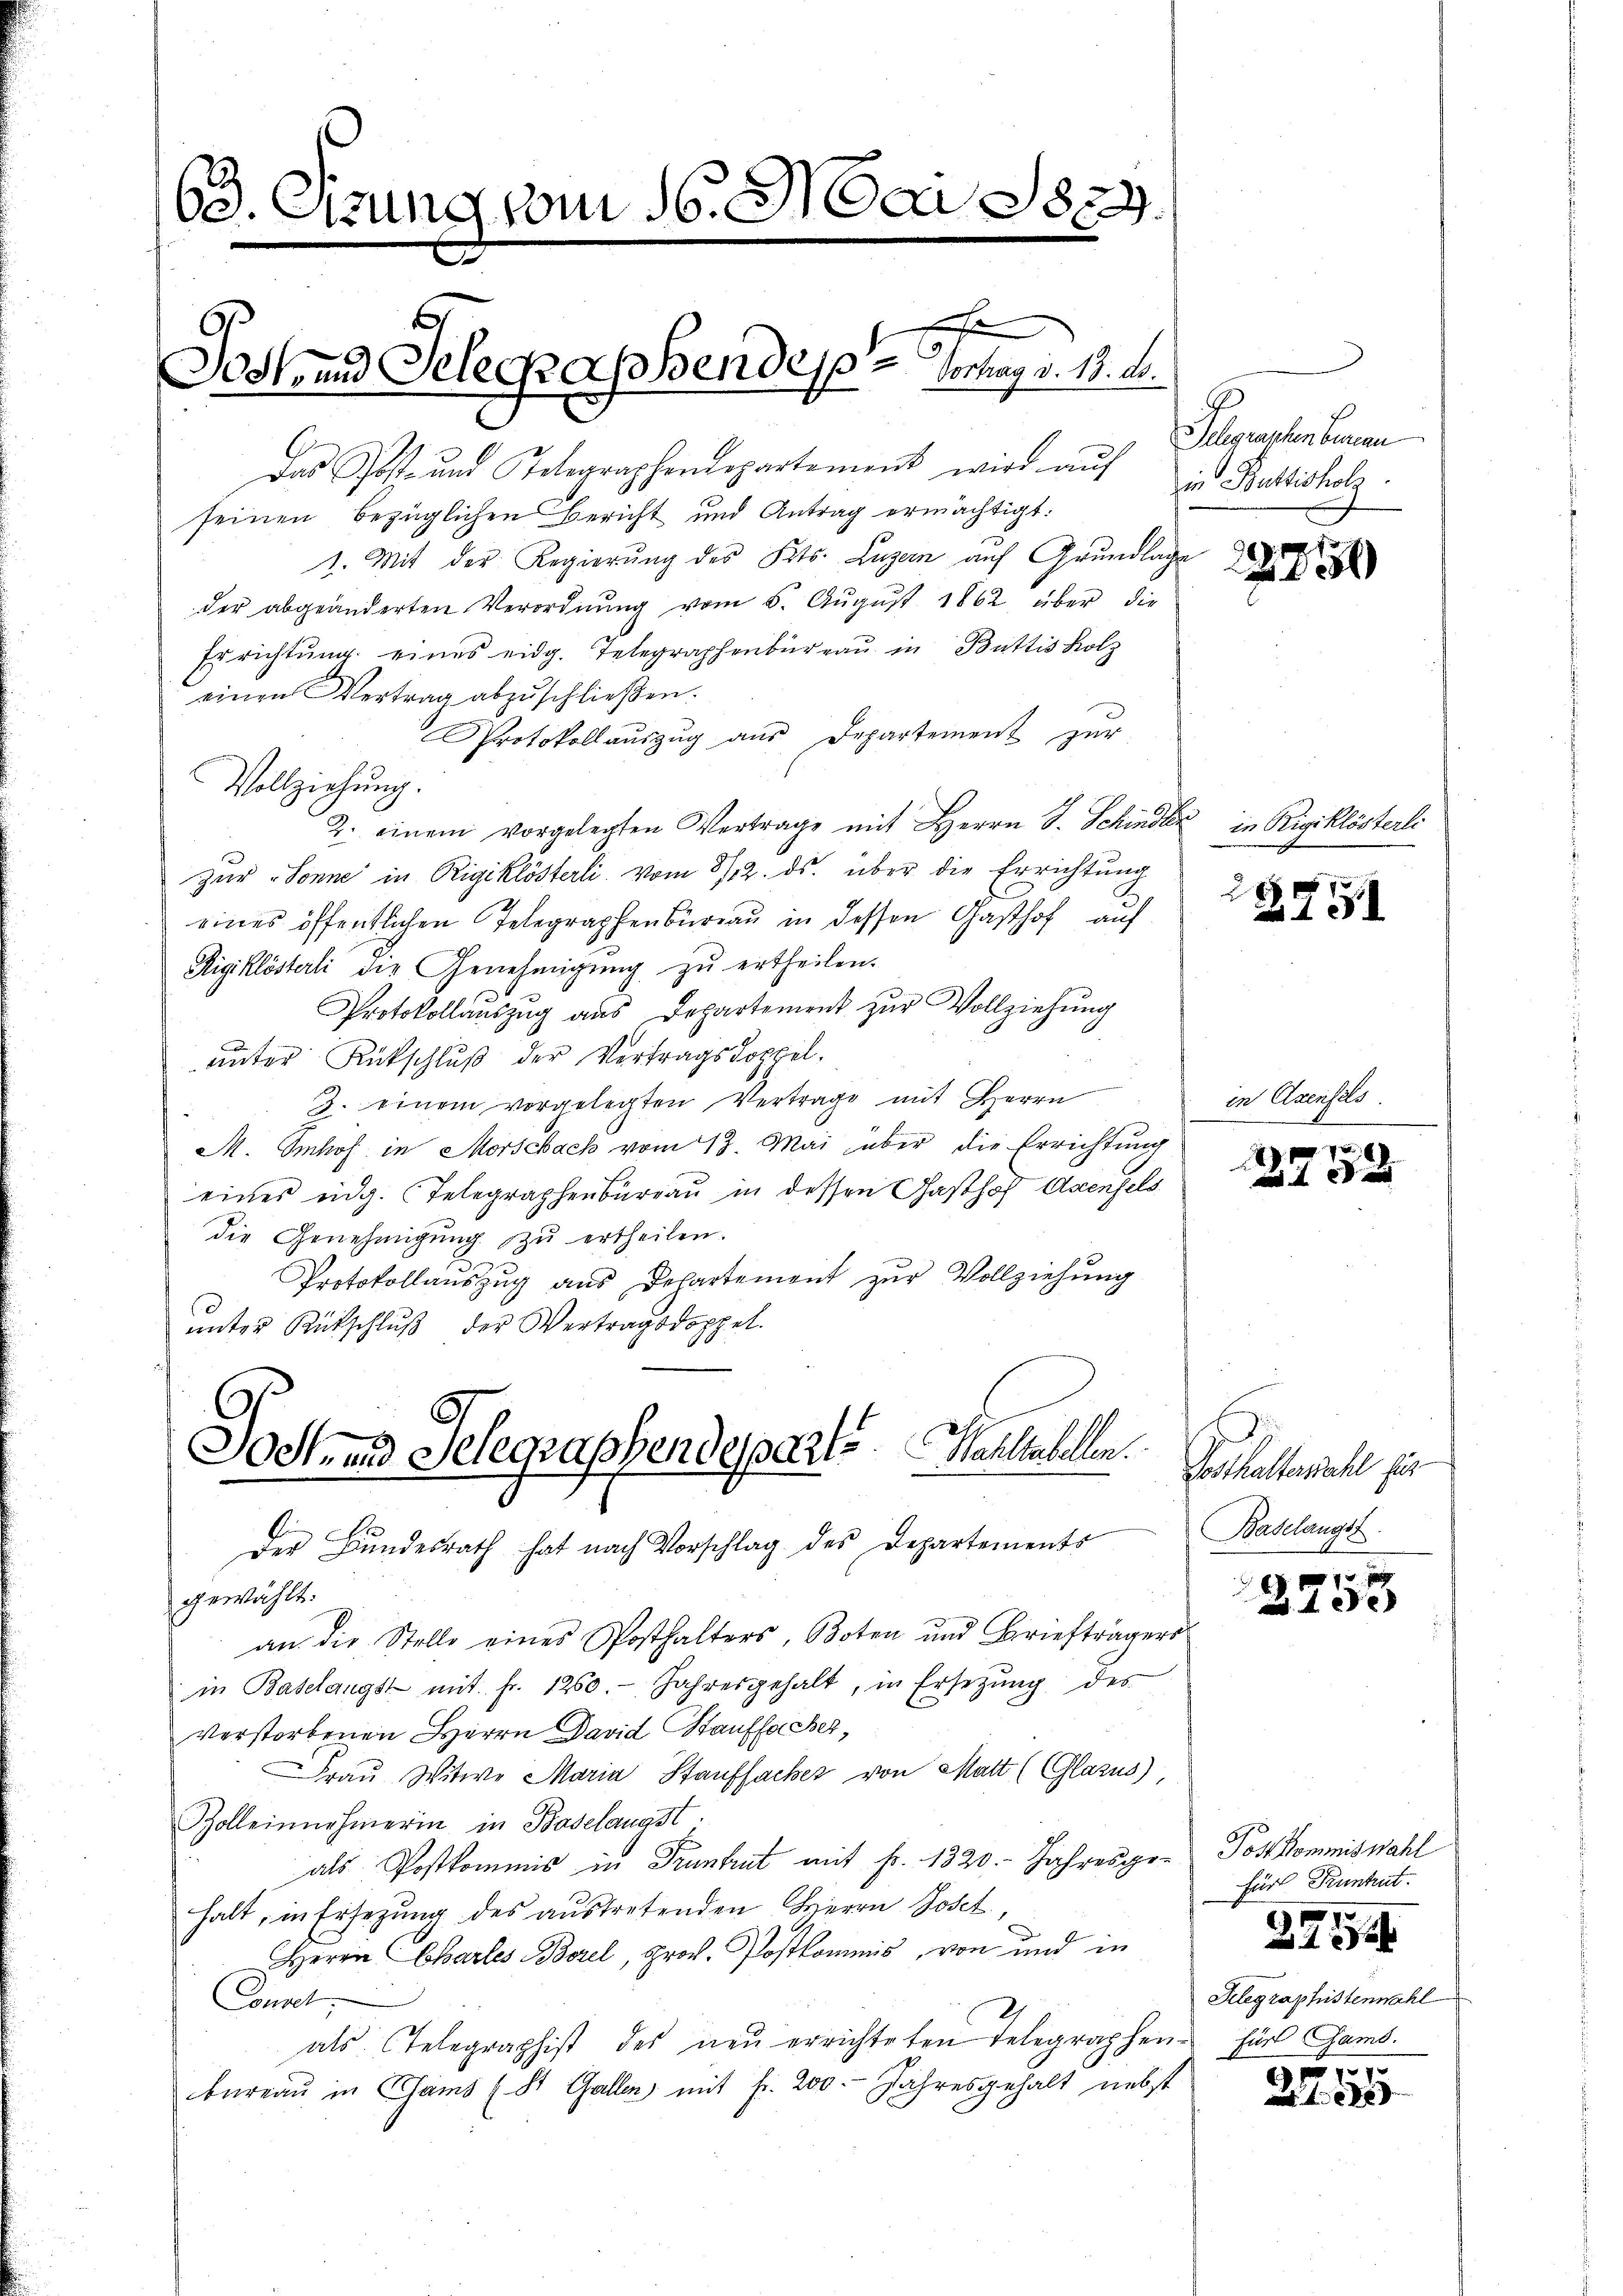
63. Sitzung vom 16. Mai 1829.

Das Post- und Telegraphendepartement wird aŭf " Buttischolz
seinen bezüglichen Bericht und Antrag ermächtigt.
1. Mit der Regierung des Kts. Luzern auf Grundlage
der abgeänderten Verordnŭng vom 5. Aŭgŭst 1862 über die
Errichtŭng eines eidg. Telegraphenbüreaŭ in Büttis Holz
einen Vertrag abzŭschließen.
Protokoll aŭszŭg aŭs Departement zŭr
2. einem vorgelegten Vertrage mit Herrn J. Schinder in Rigiklösterli
zur Sonne in Rigiklösterli vom 8/12. ds. über die Errichtung
eines öffentlichen Telegraphenbureau in dessen Gasthof auf
Rigiklösterli die Genehmigŭng zŭ ertheilen.
Protokollauszug aus Departement zur Vollziehung
ŭnter Rückschlŭβ der Vertragsdoppel.
3. einem vorgelegten Vertrage mit Herrn
M. Imhof in Morschach vom 13. Mai über die Errichtung
eines eidg. Telegraphenbureau in dessen Gasthof Axenfels
die Genehmigŭng zŭ ertheilen.
Protokollauszug aus Departement zur Vollziehung
unter Rütschluß der Vertragsdoppel.
Joch und Selegraphendes parte Wahlabellen. Schallemahl für
Der Bundesrath hat nach Vorschlag des Departements
gewählt.
an die Stelle eines Posthalters, Boten und Briefträgers
in Baselangst mit fr. 1260. Jahresgehalt, in Ersetzŭng des
Verstorbenen Herrn David Stauffacher,
Fraŭ Witwe Maria Stauffacker von Matt (CGlazus),
Zolleinnehmerin in Baselangst.
als Postkommis in Trunkent mit Fr. 1320. Jahresgehalt, in Ersezung des austretenden Herrn Joset
Herrn Chartes Borel, Prof. Postkommis von und in
Connet,
als Telegraphist des neŭ errichteten Telegraphen für Gamb.
büreaŭ in Chams (St. Gallen mit fr. 200. Jahresgehalt nebst

Vollziehung.

f
Jost und Seleckassendes Vorlag v. 13. d.

x

Schgraschen benen

22750

12751

in Axensels

6
891
 x

Baselangst

f 7 x
10x

Post kommiswahl
Für Kuntrut.
Gelegraphistenwahl
17

70
 x

xx